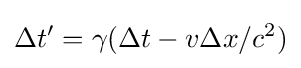
\Delta t'=\gamma (\Delta t-v\Delta x/c^{2})